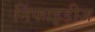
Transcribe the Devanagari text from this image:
निंफाइडीज